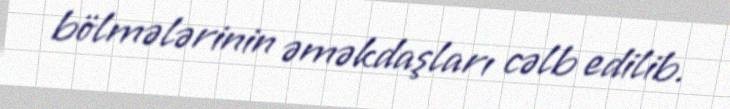
bölmələrinin əməkdaşları cəlb edilib.